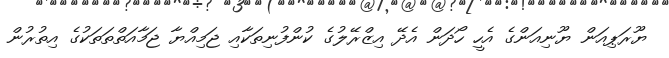
ޔޫރަޕިއަން ޔޫނިއަންގެ އެހީ ހޯދަން އެދޭ އިޒްރޭލުގެ ކުންފުނިތަކާއި ޖަމިއްޔާ ޖަމާއަތްތަތަކުގެ އިތުރުން